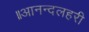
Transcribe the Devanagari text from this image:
॥आनन्दलहरी